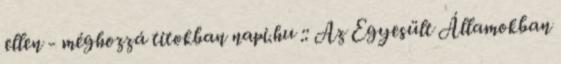
ellen - méghozzá titokban napi.hu :: Az Egyesült Államokban